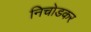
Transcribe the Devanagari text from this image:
निचोडकर